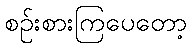
စဉ်းစားကြပေတော့